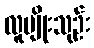
လူမျိုးသုဉ်း